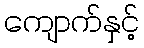
ကျောက်နှင့်